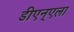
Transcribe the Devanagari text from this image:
डीएन्एला